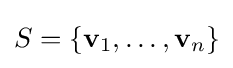
S=\{\mathbf {v} _{1},\ldots ,\mathbf {v} _{n}\}